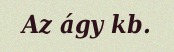
Az ágy kb.